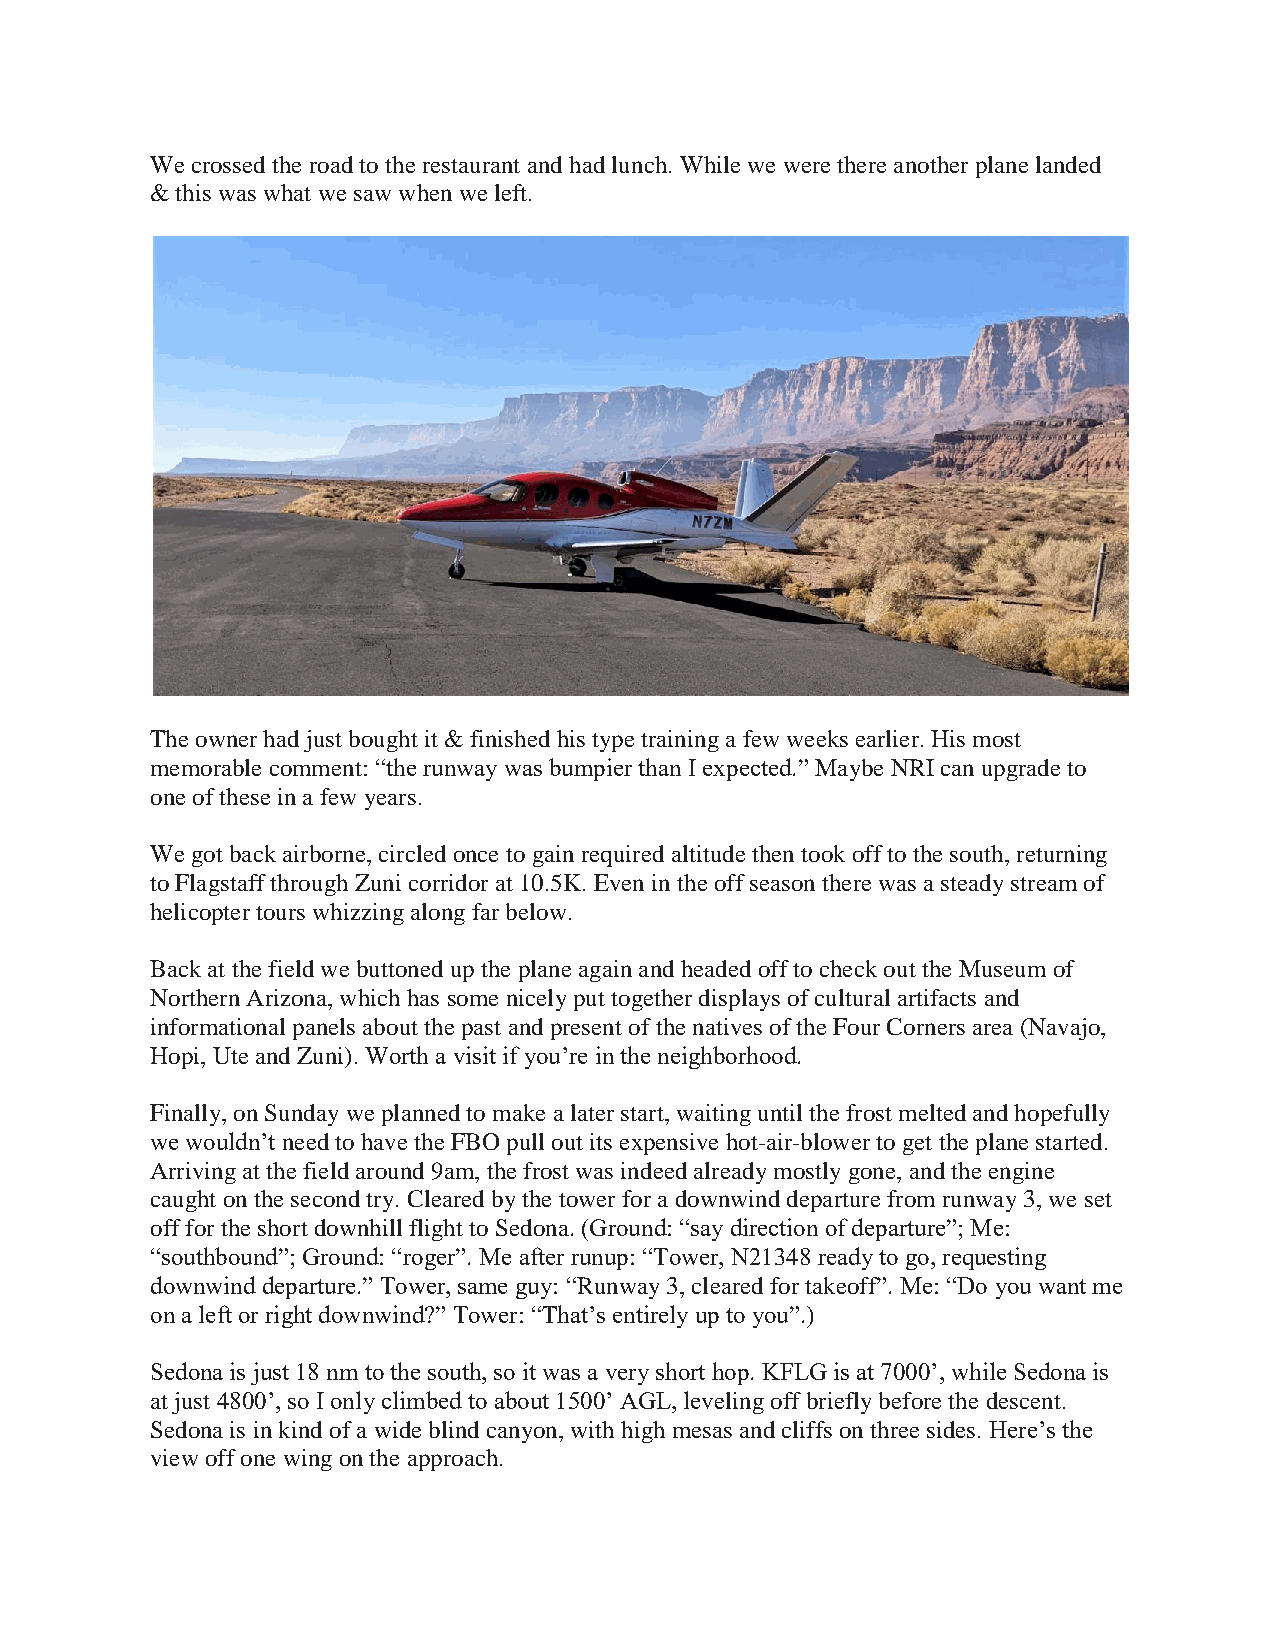
We crossed the road to the restaurant and had lunch. While we were there another plane landed
 & this was what we saw when we left.
 The owner had just bought it & finished his type training a few weeks earlier. His most
 memorable comment: “the runway was bumpier than I expected.” Maybe NRI can upgrade to
 one of these in a few years.
 We got back airborne, circled once to gain required altitude then took off to the south, returning
 to Flagstaff through Zuni corridor at 10.5K. Even in the off season there was a steady stream of
 helicopter tours whizzing along far below.
 Back at the field we buttoned up the plane again and headed off to check out the Museum of
 Northern Arizona, which has some nicely put together displays of cultural artifacts and
 informational panels about the past and present of the natives of the Four Corners area (Navajo,
 Hopi, Ute and Zuni). Worth a visit if you’re in the neighborhood.
 Finally, on Sunday we planned to make a later start, waiting until the frost melted and hopefully
 we wouldn’t need to have the FBO pull out its expensive hot-air-blower to get the plane started.
 Arriving at the field around 9am, the frost was indeed already mostly gone, and the engine
 caught on the second try. Cleared by the tower for a downwind departure from runway 3, we set
 off for the short downhill flight to Sedona. (Ground: “say direction of departure”; Me:
 “southbound”; Ground: “roger”. Me after runup: “Tower, N21348 ready to go, requesting
 downwind departure.” Tower, same guy: “Runway 3, cleared for takeoff”. Me: “Do you want me
 on a left or right downwind?” Tower: “That’s entirely up to you”.)
 Sedona is just 18 nm to the south, so it was a very short hop. KFLG is at 7000’, while Sedona is
 at just 4800’, so I only climbed to about 1500’ AGL, leveling off briefly before the descent.
 Sedona is in kind of a wide blind canyon, with high mesas and cliffs on three sides. Here’s the
 view off one wing on the approach.